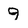
Character: 9